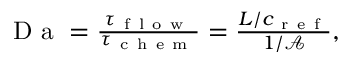
\begin{array} { r } { \mathrm { ~ D ~ a ~ } = \frac { \tau _ { \mathrm { ~ f ~ l ~ o ~ w ~ } } } { \tau _ { \mathrm { ~ c ~ h ~ e ~ m ~ } } } = \frac { L / c _ { \mathrm { ~ r ~ e ~ f ~ } } } { 1 / \mathcal { A } } , } \end{array}